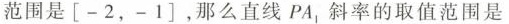
范围是[-2，-1]，那么直线PA_{1}斜率的取值范围是